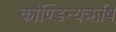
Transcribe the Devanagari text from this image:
कौण्डिन्यऋषि